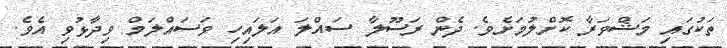
ތަކުގައި މަޝްވަރާ ކޮށްލުމަށެވެ. ދެން ރަސޫލާ ސައްލަ އަލައިހި ވަސައްލަމް ވިދާޅުވި އެވެ.